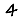
Digit: 4